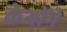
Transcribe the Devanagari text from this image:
केयोंगे